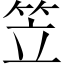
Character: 笠